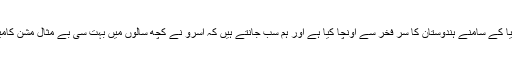
ہمارے سائنسدانوں نے دنیا کے سامنے ہندوستان کا سر فخر سے اونچا کیا ہے اور ہم سب جانتے ہیں کہ اسرو نے کچھ سالوں میں بہت سی بے مثال مشن کامیابی سے مکمل کئے ہیں۔